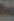
வெ